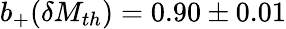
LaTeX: b_{+}(\delta M_{th})=0.90\pm 0.01